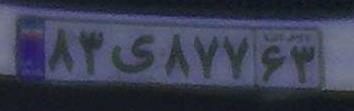
۸۳ی۸۷۷۶۳